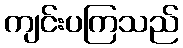
ကျင်းပကြသည်